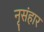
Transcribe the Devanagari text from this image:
नृसंहार